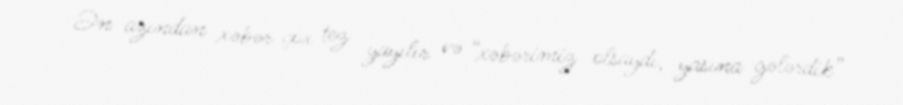
Ən azından xəbər çox tez yayılır və “xəbərimiz olsaydı, yasına gələrdik”